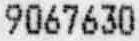
9067630